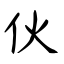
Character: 伙